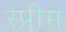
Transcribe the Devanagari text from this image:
स्प्रीम